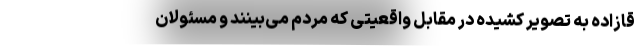
قازاده به تصویر کشیده در مقابل واقعیتی که مردم می‌بینند و مسئولان